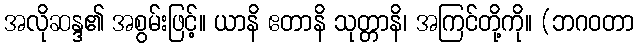
အလိုဆန္ဒ၏ အစွမ်းဖြင့်။ ယာနိ ဧတာနိ သုတ္တာနိ၊ အကြင်တို့ကို။ (ဘဂဝတာ